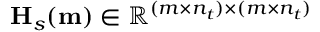
\mathbf { H } _ { s } ( \mathbf { m } ) \in \mathbb { R } ^ { ( m \times n _ { t } ) \times ( m \times n _ { t } ) }